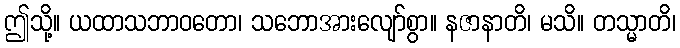
ဤသို့။ ယထာသဘာဝတော၊ သဘောအားလျော်စွာ။ နဇာနာတိ၊ မသိ။ တသ္မာတိ၊